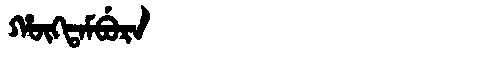
Manchu: ᡥᡡᡴᡨᠠᠮᠪᡠᡵᠠ
Romanization: HŪKTAMBURA